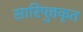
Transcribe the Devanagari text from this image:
सारिपुत्तकृत